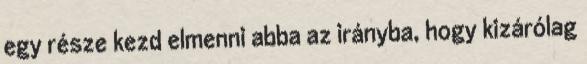
egy része kezd elmenni abba az irányba, hogy kizárólag